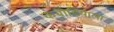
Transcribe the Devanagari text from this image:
कंबोडियाला